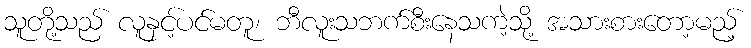
သူတို့သည် လူနှင့်ပင်မတူ၊ ဘီလူးသဘက်စီးနေသကဲ့သို့ အသားစားတော့မည့်